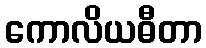
ကောလိယဓီတာ